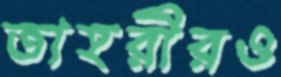
তাহরীরও